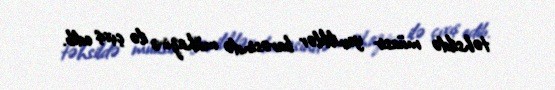
təhsildə müasir yeniliklər barəsində mühazirə ilə çıxış edib.